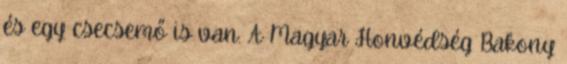
és egy csecsemő is van. A Magyar Honvédség Bakony